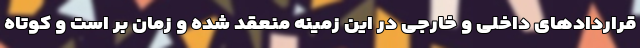
قراردادهای داخلی و خارجی در این زمینه‌ منعقد شده و زمان بر است و کوتاه